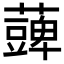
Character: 𮒪